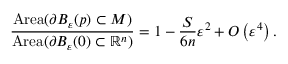
{ \frac { \operatorname { A r e a } ( \partial B _ { \varepsilon } ( p ) \subset M ) } { \operatorname { A r e a } ( \partial B _ { \varepsilon } ( 0 ) \subset { \mathbb { R } } ^ { n } ) } } = 1 - { \frac { S } { 6 n } } \varepsilon ^ { 2 } + O \left( \varepsilon ^ { 4 } \right) .